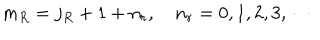
m _ { R } = j _ { R } + 1 + n _ { r } , \quad n _ { r } = 0 , 1 , 2 , 3 , \cdots